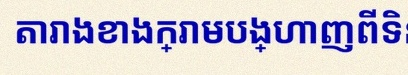
តារាងខាងក្រោមបង្ហាញពីទិន្នន័យ